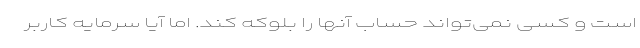
است و کسی نمی‌تواند حساب آنها را بلوکه کند. اما آیا سرمایه کاربر